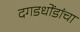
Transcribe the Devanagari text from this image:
दगडधोंडांचा